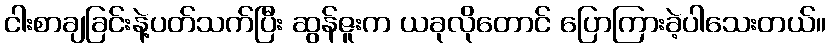
ငါးစာချခြင်းနဲ့ပတ်သက်ပြီး ဆွန်ဇူးက ယခုလိုတောင် ပြောကြားခဲ့ပါသေးတယ်။